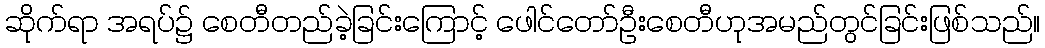
ဆိုက်ရာ အရပ်၌ စေတီတည်ခဲ့ခြင်းကြောင့် ဖေါင်တော်ဦးစေတီဟုအမည်တွင်ခြင်းဖြစ်သည်။